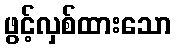
ဖွင့်လှစ်ထားသော